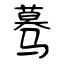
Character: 蓦